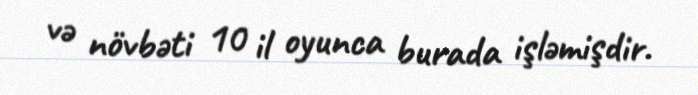
və növbəti 10 il oyunca burada işləmişdir.